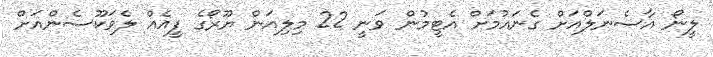
ލީނޯ އާސެނަލްއަށް ގެނައުމަށް އެޓީމުން ވަނީ 22 މިލިއަން ޔޫރޯގެ ފީއެއް ލެވަކޫސެންއަށް